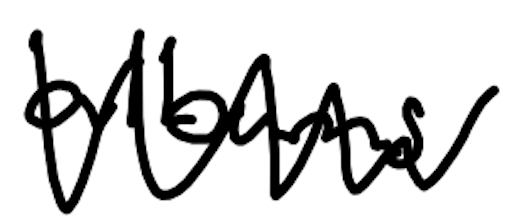
Text: albums
Cross-out: zig-zag
Writing tool: digital_black